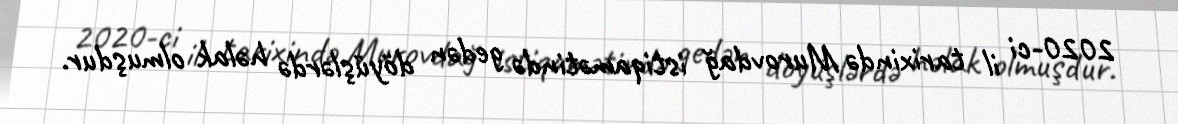
2020-ci il tarixində Murovdağ istiqamətində gedən döyüşlərdə həlak olmuşdur.